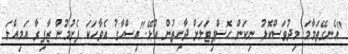
"އެނގޭތަމާމަ މިދުވަސްކޮޅު ނިކަން ހޮސްޕިޓަލަށް ދާހިތުން އުޅޭ."އިސްހާގު އެވާހަކަ ފެށުމުން ޒާފިރާ އަމިއްލަ